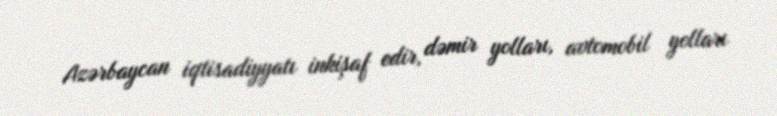
Azərbaycan iqtisadiyyatı inkişaf edir, dəmir yolları, avtomobil yolları